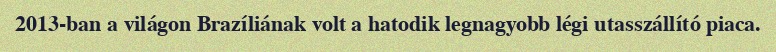
2013-ban a világon Brazíliának volt a hatodik legnagyobb légi utasszállító piaca.